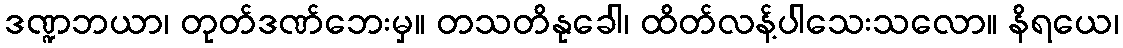
ဒဏ္ဍဘယာ၊ တုတ်ဒဏ်ဘေးမှ။ တသတိနုခေါ၊ ထိတ်လန့်ပါသေးသလော။ နိရယေ၊